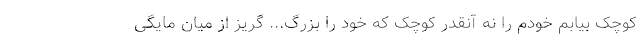
کوچک بیابم خودم را نه آنقدر کوچک که خود را بزرگ... گریز از میان مایگی